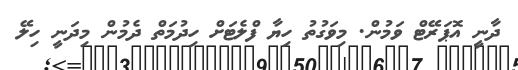
ދާނީ އޮޕަރޭޓް ވަމުން. މިވަގުތު ހިޔާ ފްލެޓަށް ހިދުމަތް ދެމުން މިދަނީ ހިލޭ